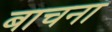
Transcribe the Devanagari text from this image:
बाचना